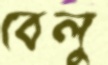
বেলু